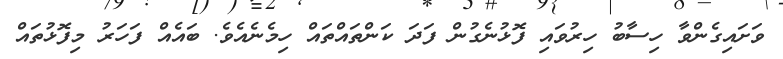
ވަށައިގެންވާ ހިސާބު ހިރުވައި ފޮޅުނެގުން ފަދަ ކަންތައްތައް ހިމެނެއެވެ. ބައެއް ފަހަރު މިފޮޅުތައް